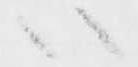
ハ